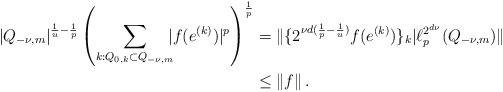
LaTeX: \begin{align*} |Q_{-\nu,m}|^{\frac{1}{u}-\frac{1}{p}}\left(\sum_{k:Q_{0,k}\subset Q_{-\nu,m}}\!\!\!|f(e^{(k)})|^p\right)^{\frac{1}{p}} & = \| \{2^{\nu d(\frac{1}{p}-\frac{1}{u})} f(e^{(k)})\}_k|\ell^{2^{d\nu}}_p(Q_{-\nu,m})\|\\ &\le \|f\|\, .\end{align*}